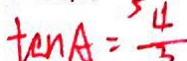
\tan A = \frac { 4 } { 3 }